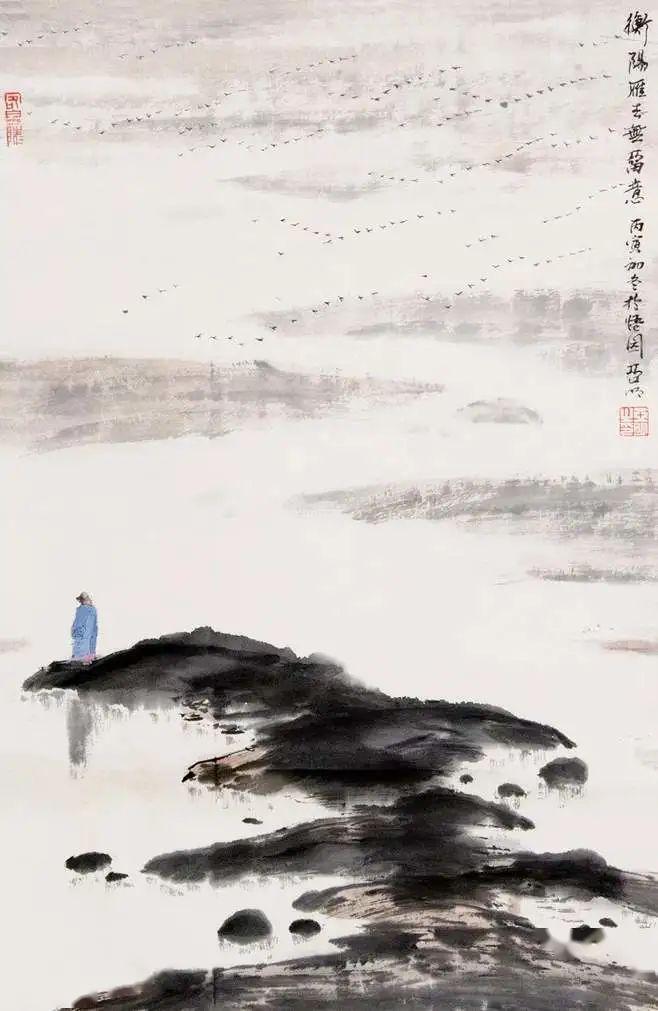
众中闻謦欬，未语知乡里。